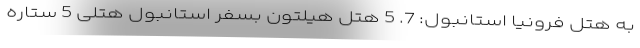
به هتل فرونیا استانبول: 7. 5 هتل هیلتون بسفر استانبول هتلی 5 ستاره